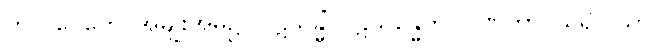
ကုလဂေဟေ၊ အမျိုးအိမ်၌။ ပဋိသန္ဓိံ၊ ပဋိသန္ဓေကို။ ဂဏှိတွာ၊ ယူ၍။ သာ၊